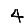
Digit: 4